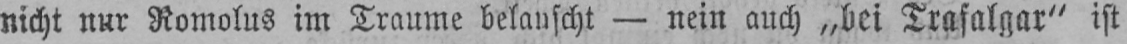
nicht nur Romolus im Traume belauscht - nein auch „bei Trafalgar“ ist